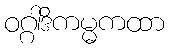
ဝဂ္ဂါဒိကမ္မကထာ